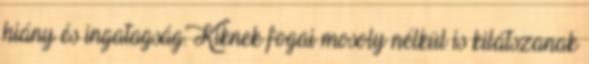
hiány és ingatagság. Kiknek fogai mosoly nélkül is kilátszanak